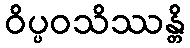
ဝိပ္ပဝသိဿန္တိ